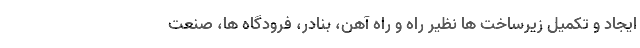
ایجاد و تکمیل زیرساخت ها نظیر راه و راه آهن، بنادر، فرودگاه ها، صنعت